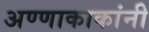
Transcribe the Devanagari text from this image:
अण्णाकाकांनी